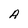
Character: A